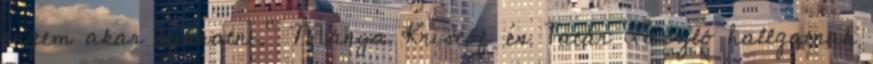
engem akar lejáratni." Mánya Kristóf és Tatár László hallgatnak